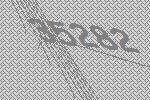
35282